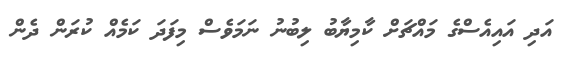
އަދި އައިއެސްގެ މައްޗަށް ކާމިޔާބު ލިބުނު ނަމަވެސް މިފަދަ ކަމެއް ކުރަން ދެން